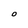
Character: O